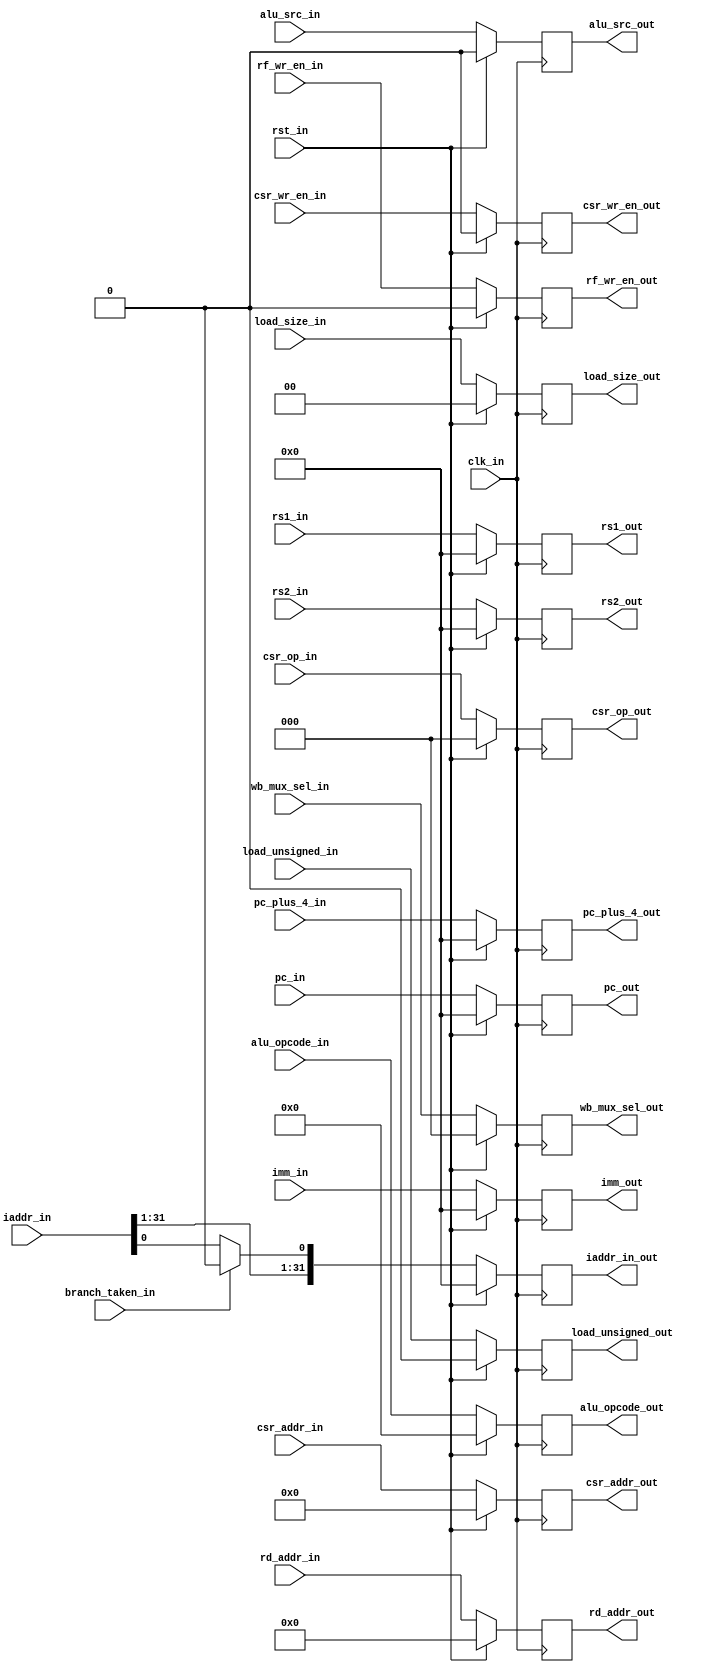
`timescale 1ns / 1ps


module reg_block2(
input clk_in, rst_in,
input branch_taken_in, 
input [4:0]rd_addr_in, 
input [11:0]csr_addr_in,
input [31:0] rs1_in, rs2_in, pc_in, pc_plus_4_in,
input [3:0]alu_opcode_in,
input [1:0]load_size_in,
input load_unsigned_in,
input alu_src_in,
input csr_wr_en_in, 
input rf_wr_en_in,
input [2:0]wb_mux_sel_in,
input [2:0]csr_op_in,
input [31:0]imm_in,
input [31:0]iaddr_in, 


    output reg [11:0]csr_addr_out,
    output reg [4:0]rd_addr_out, 
    output reg [31:0] rs1_out, 
    output reg [31:0]rs2_out,  pc_plus_4_out, 
    output reg [31:0]pc_out,
    output reg [3:0]alu_opcode_out,
    output reg [1:0]load_size_out,
    output reg load_unsigned_out,
    output reg alu_src_out,
    output reg csr_wr_en_out, 
    output reg rf_wr_en_out,
    output reg [2:0]wb_mux_sel_out,
    output reg [2:0]csr_op_out,
    output reg [31:0]imm_out,
    output reg [31:0]iaddr_in_out 
    );
        
   
    always @(posedge clk_in )
     begin
        if(rst_in == 1'b1)
        begin
        rd_addr_out <= 5'b0;
        csr_addr_out <= 12'b0;
        rs1_out<=32'b0;
        rs2_out<=32'b0;
        pc_out<=32'b0;
        pc_plus_4_out<=32'b0;
        iaddr_in_out<=32'b0;
        alu_opcode_out<=4'b0;
        load_size_out<=2'b0;
        load_unsigned_out<=1'b0;
        alu_src_out<=1'b0;
        csr_wr_en_out<=1'b0; 
        rf_wr_en_out<=1'b0;
        wb_mux_sel_out<=3'b0;
        csr_op_out<=3'b0;
        imm_out<=32'b0;
        end
    
        else 
        begin 
        rd_addr_out <= rd_addr_in;
        csr_addr_out <= csr_addr_in;
        rs1_out <= rs1_in;
        rs2_out <= rs2_in;
        rs2_out <= rs2_in;
        pc_out<=pc_in;
        pc_plus_4_out <= pc_plus_4_in;
        iaddr_in_out[31:0] <= branch_taken_in ? {iaddr_in[31:1],1'b0 }:{iaddr_in[31:0] } ;
        alu_opcode_out <= alu_opcode_in;
        load_size_out <= load_size_in;
        load_unsigned_out <= load_unsigned_in;
        alu_src_out <= alu_src_in;
        csr_wr_en_out <= csr_wr_en_in; 
        rf_wr_en_out <= rf_wr_en_in;
        wb_mux_sel_out <= wb_mux_sel_in;
        csr_op_out <= csr_op_in;
        imm_out <= imm_in;
        end
        end
endmodule